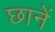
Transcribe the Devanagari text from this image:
छानें